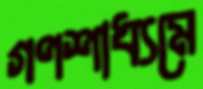
গণশাধ্যমে